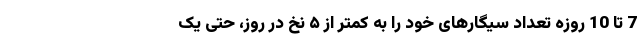
7 تا 10 روزه تعداد سیگارهای خود را به کمتر از ۵ نخ در روز، حتی یک